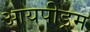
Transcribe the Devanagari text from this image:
आयपीड्रम